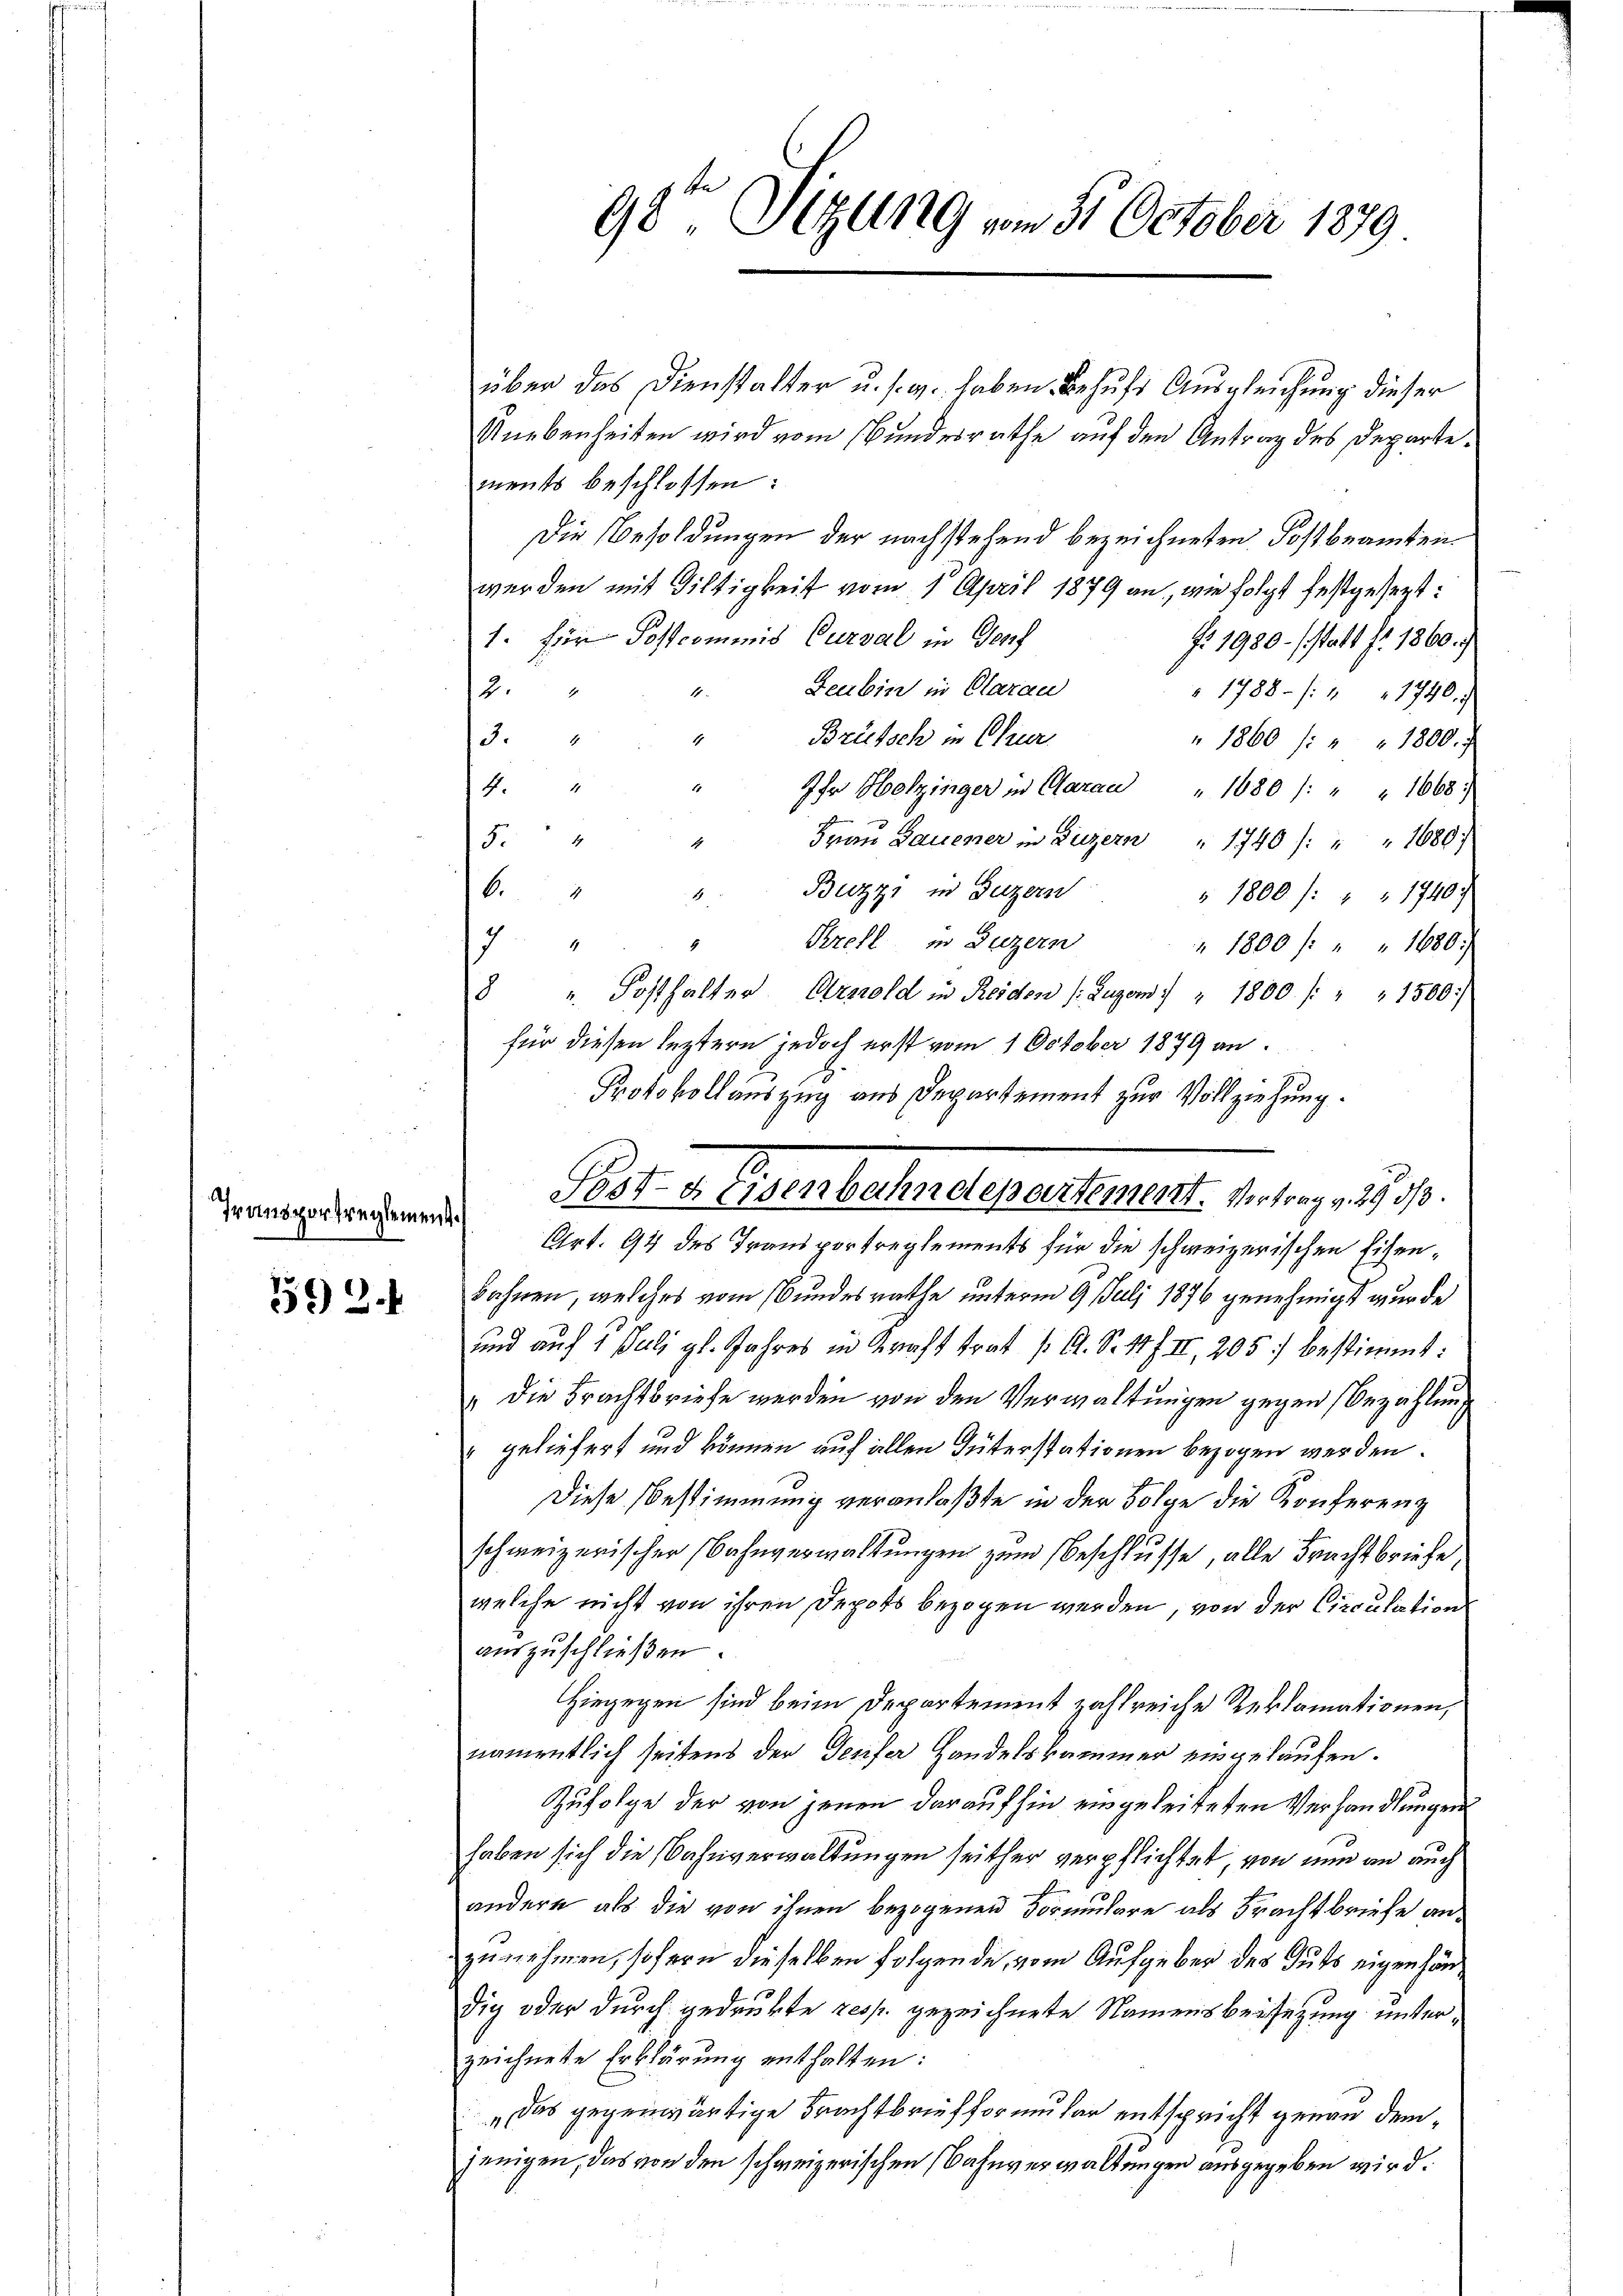
Transportreglement.

563.

98. Sitzung vom 31. October 1879.

über das Dienstalter u. s. w. haben Behufs Ausgleichung dieser
Unebenheiten wird vom Bundesrathe auf den Antrag des Departements beschlossen:
Die Besoldungen der nachstehend bezeichneten Postbeamten.
werden mit Giltigkeit vom 1. April 1879 an, wie folgt festgesezt:
1. für Postcommis Cursal in Genf
f. 1980. (statt fr. 1860.)
Leubin in Clarau
2
 1788. /: 4 1746.
Brütsch in Chur
3.4
4
" 1860 /: " " 1800.
4.4
Ihr Holzinger in Aarau " 1080 /: " " 1668.
Frau Bauener in Luzern " 1740 /: " " 1680
54
4
Buzzi in Luzern
6
" 1800 /: " " 1740
.
Krell in Luzern
4
7
" 1800 f: " 1680.
8 " Posthalter Arnold in Reiden (Luzern) " 1800. /: " " 1500
für diesen leztern jedoch erst vom 1 October 1879 an.
Protokollauszug aus Departement zur Vollziehung.
Grt. 94 des Transportreglements für die schweizerischen Eisenbahnen, welches vom Bundesrathe unterm 9. Juli 1876 genehmigt wurde
und auf 1 Juli gl. Jahres in Kraft trat A. S. 47 II, 205 bestimmt:
" die Brachtbriefe werden von den Verwaltungen gegen Bezahlung
 geliefert und können auf allen Güterstationen bezogen werden.
Diese Bestimmung veranlaßte in der Folge die Konferenz
schweizerischer Bahnverwaltungen zum Beschlusse, alle Frachtbriefe,
welche nicht von ihren Depots bezogen werden, von der Circulation
auszuschließen.
Hiegegen sind beim Departement zahlreiche Reklamationen,
namentlich seitens der Teufer Handelskammer eingelaufen.
Zufolge der von jenen daraufhin eingeleiteten Verhandlungen
haben sich die Bahnverwaltungen seither verpflichtet, von nun an auch
andere als die von ihnen bezogenen Vormulare als Frachtbriefe anzunehmen, sofern dieselben folgende vom Aufgeber des Guts eigenhändig oder durch gedrukte resp. gezeichnete Namensbeysezung unterzeichnete Erklärung enthalten:
„Das gegenwärtige Frachtbriefformular entspricht genau demjenigen, das von den schweizerischen Bahnverwaltungen ausgegeben wird.

Post- & Eisenbahndepartement. Vertrag v. 293/3.